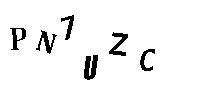
PN7UZC